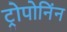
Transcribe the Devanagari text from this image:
ट्रोपोनिंन